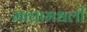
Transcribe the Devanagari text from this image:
माघामधली